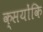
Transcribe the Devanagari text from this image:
क्सयोंकि